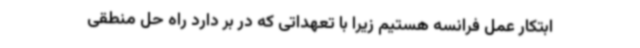
ابتکار عمل فرانسه هستیم زیرا با تعهداتی که در بر دارد راه حل منطقی